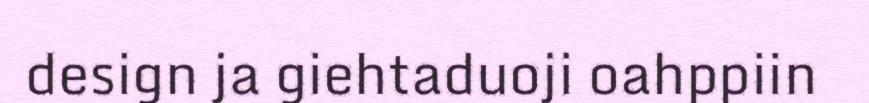
design ja giehtaduoji oahppiin